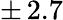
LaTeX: \pm\, 2.7